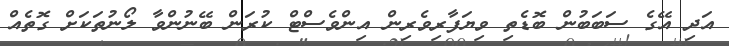
އަދި އޭގެ ސަބަބުން ބޮޑެތި ވިޔަފާރިވެރިން އިންވެސްޓް ކުރަން ބޭނުންވާ ލޯނުތަކަށް ގޮތެއް